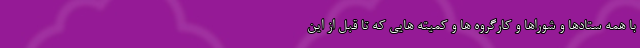
با همه ستادها و شوراها و کارگروه ها و کمیته هایی که تا قبل از این